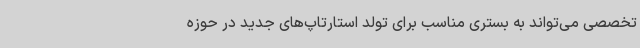
تخصصی می‌تواند به بستری مناسب برای تولد استارتاپ‌های جدید در حوزه